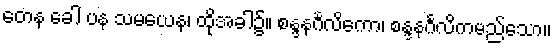
တေန ခေါ ပန သမယေန၊ ထိုအခါ၌။ စန္ဒနင်္ဂလိကော၊ စန္ဒနင်္ဂလိကမည်သော။